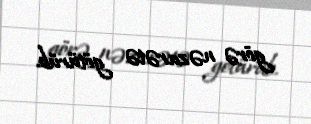
görə nəzarətə götürüb.